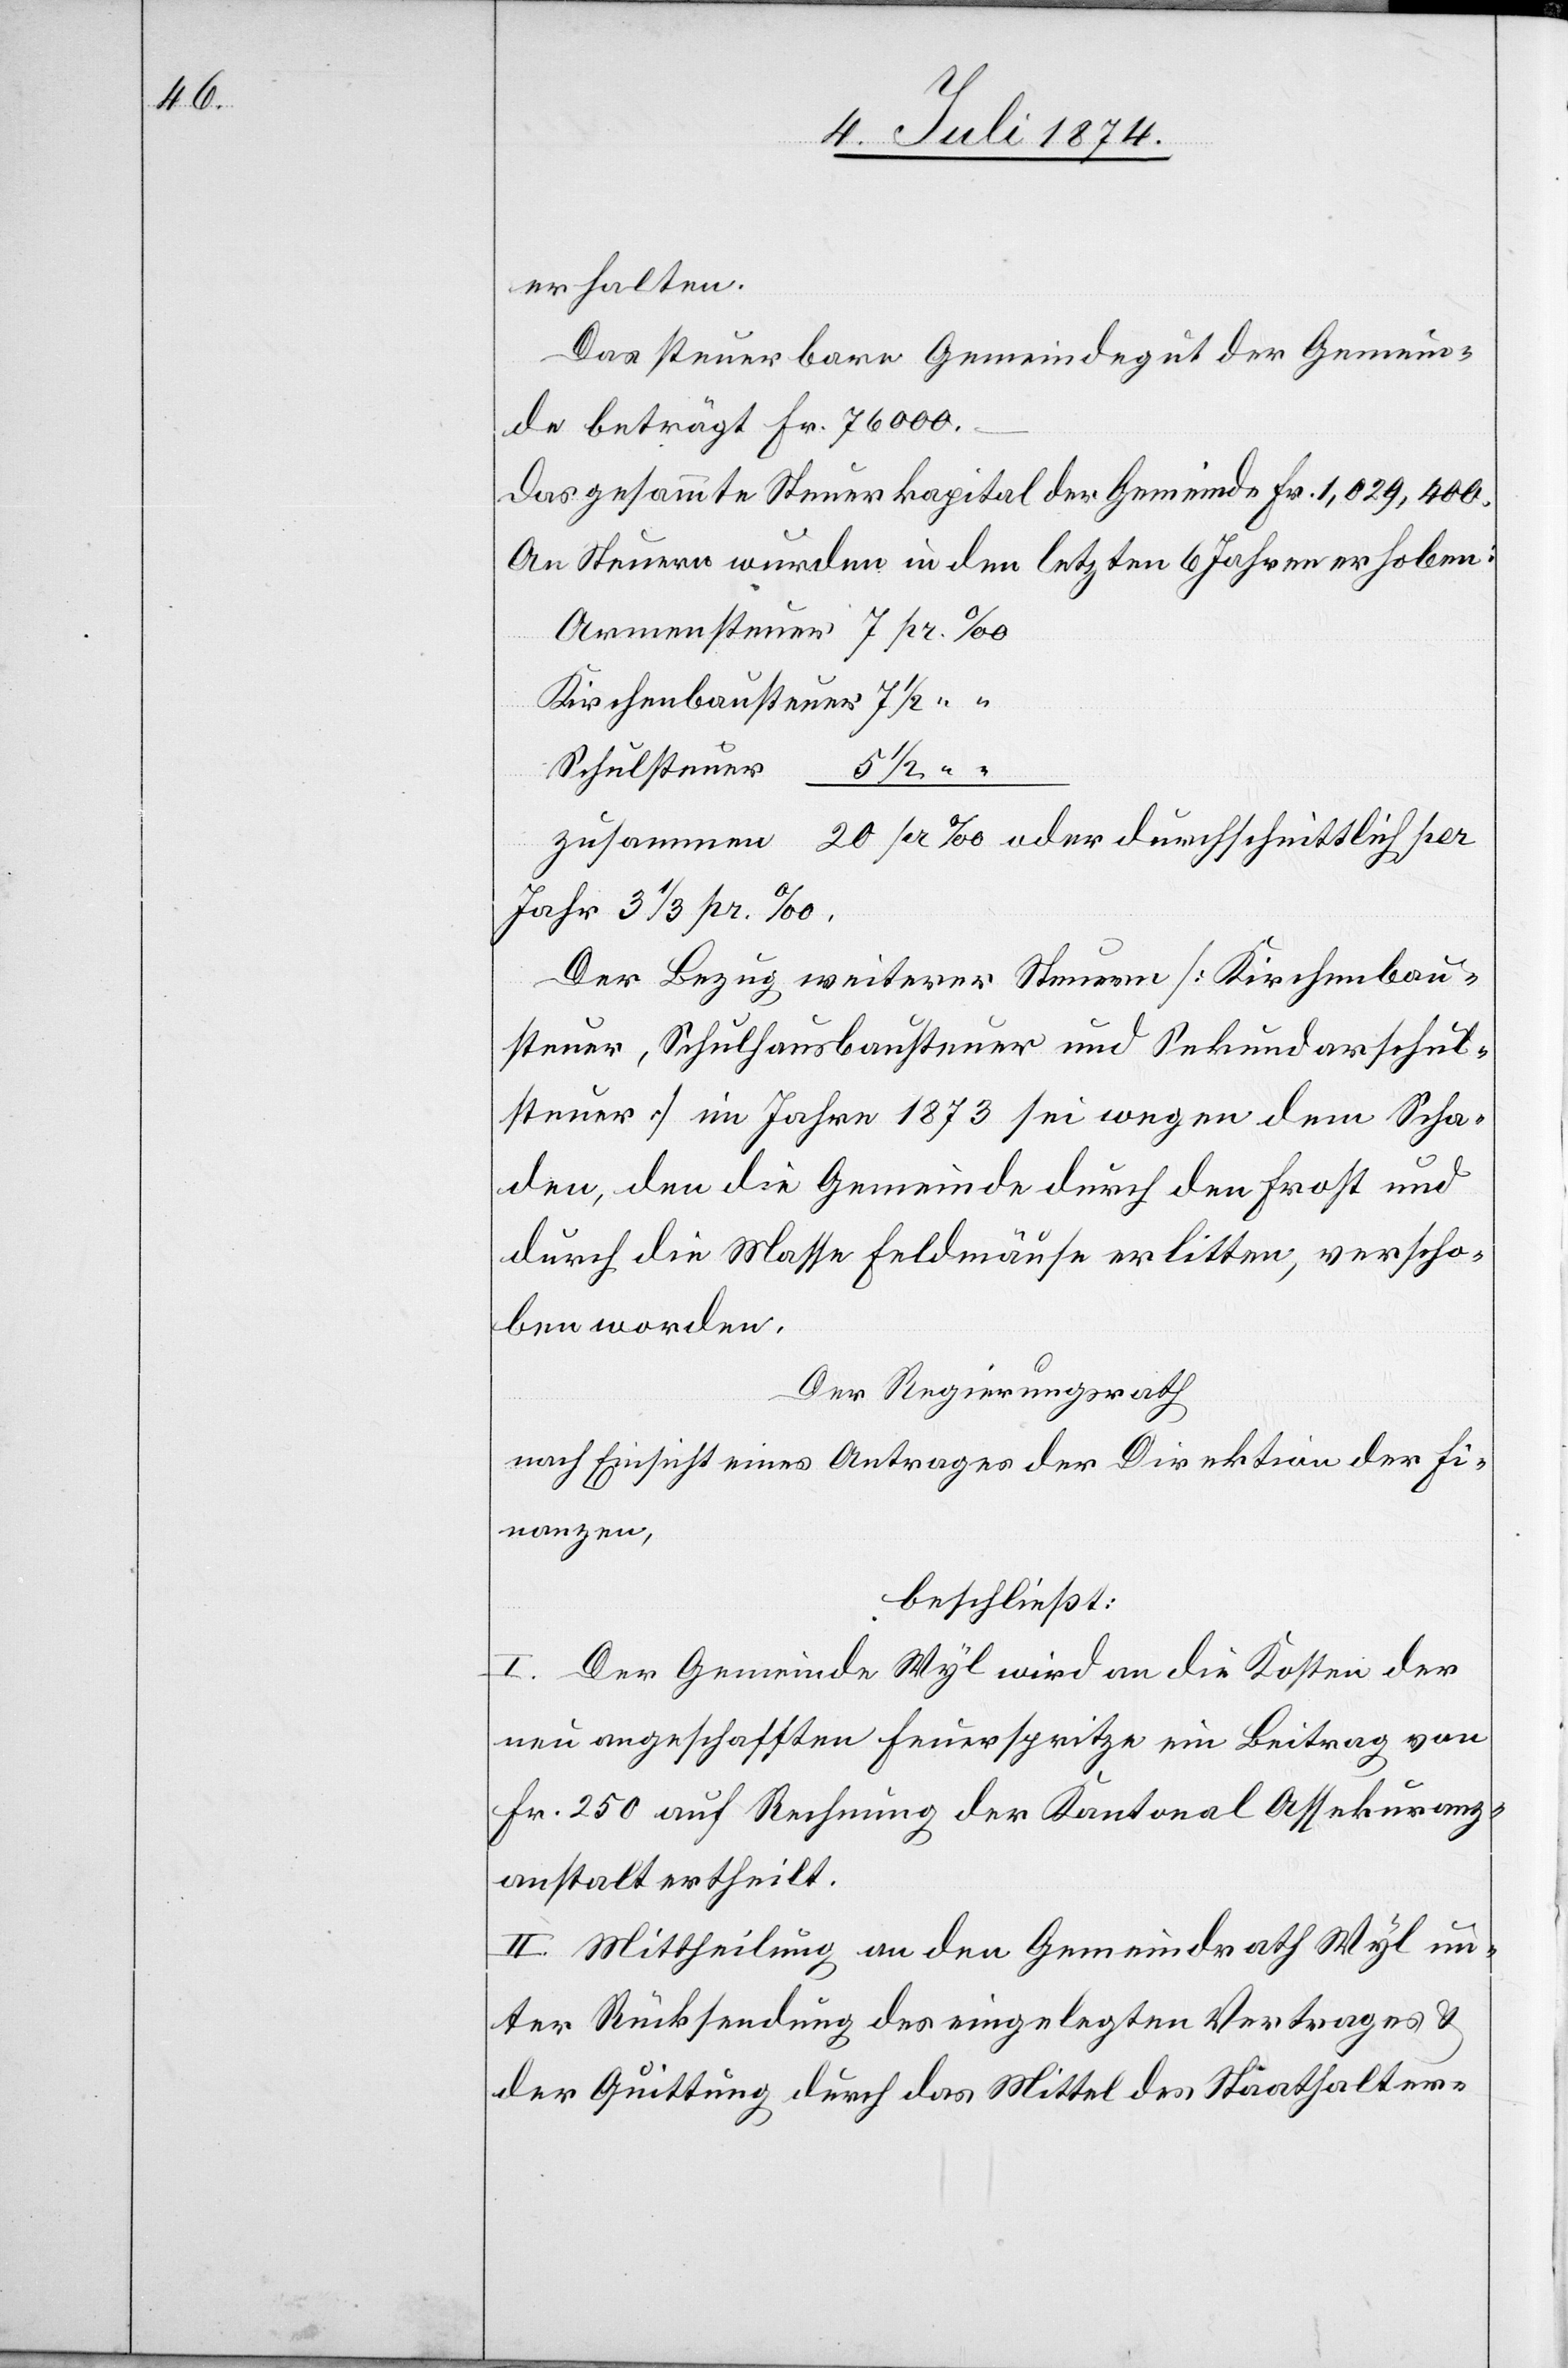
erhalten.
Das steuerbare Gemeindegut der Gemein¬
de beträgt Fr. 76000.–
Das gesammte Steuerkapital der Gemeinde Fr. 1,029,400.
An Steuern wurden in den letzten 6 Jahren erhoben:
Schulsteuer
Zusammen 20 pr ‰ oder durchschnittlich per
Jahr 3 1/2 pr. ‰.
Der Bezug weiterer Steuern [Kirchenbau¬
steuer, Schulhausbausteuer und Sekundarschul¬
steuer] im Jahre 1873 sei wegen dem Scha¬
den, den die Gemeinde durch den Frost und
durch die Masse Feldmäuse erlitten, verscho¬
ben worden.
Der Regierungsrath
nach Einsicht eines Antrages der Direktion der Fi¬
nanzen,
beschließt:
I. Der Gemeinde Wyl wird an die Kosten der
neu angeschafften Feuerspritze ein Beitrag von
Fr. 250 auf Rechnung der Kantonal[-] Assekuranz¬
anstalt ertheilt.
II. Mittheilung an den Gemeindrath Wyl un¬
ter Rücksendung des eingelegten Vertrages u.
der Quittung durch das Mittel des Statthalter-